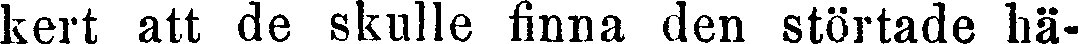
kert att de skulle finna den störtade hä-